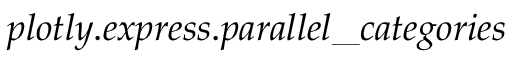
p l o t l y . e x p r e s s . p a r a l l e l \_ c a t e g o r i e s